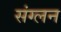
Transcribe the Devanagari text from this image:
संग्लन